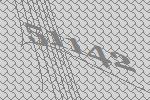
51142